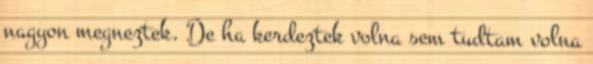
nagyon megneztek. De ha kerdeztek volna sem tudtam volna